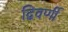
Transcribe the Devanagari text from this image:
द्विवर्णी